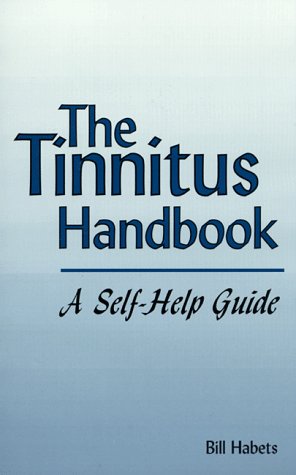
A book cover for The Tinnitus Handbook; United Research Publishers; Health, Fitness & Dieting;